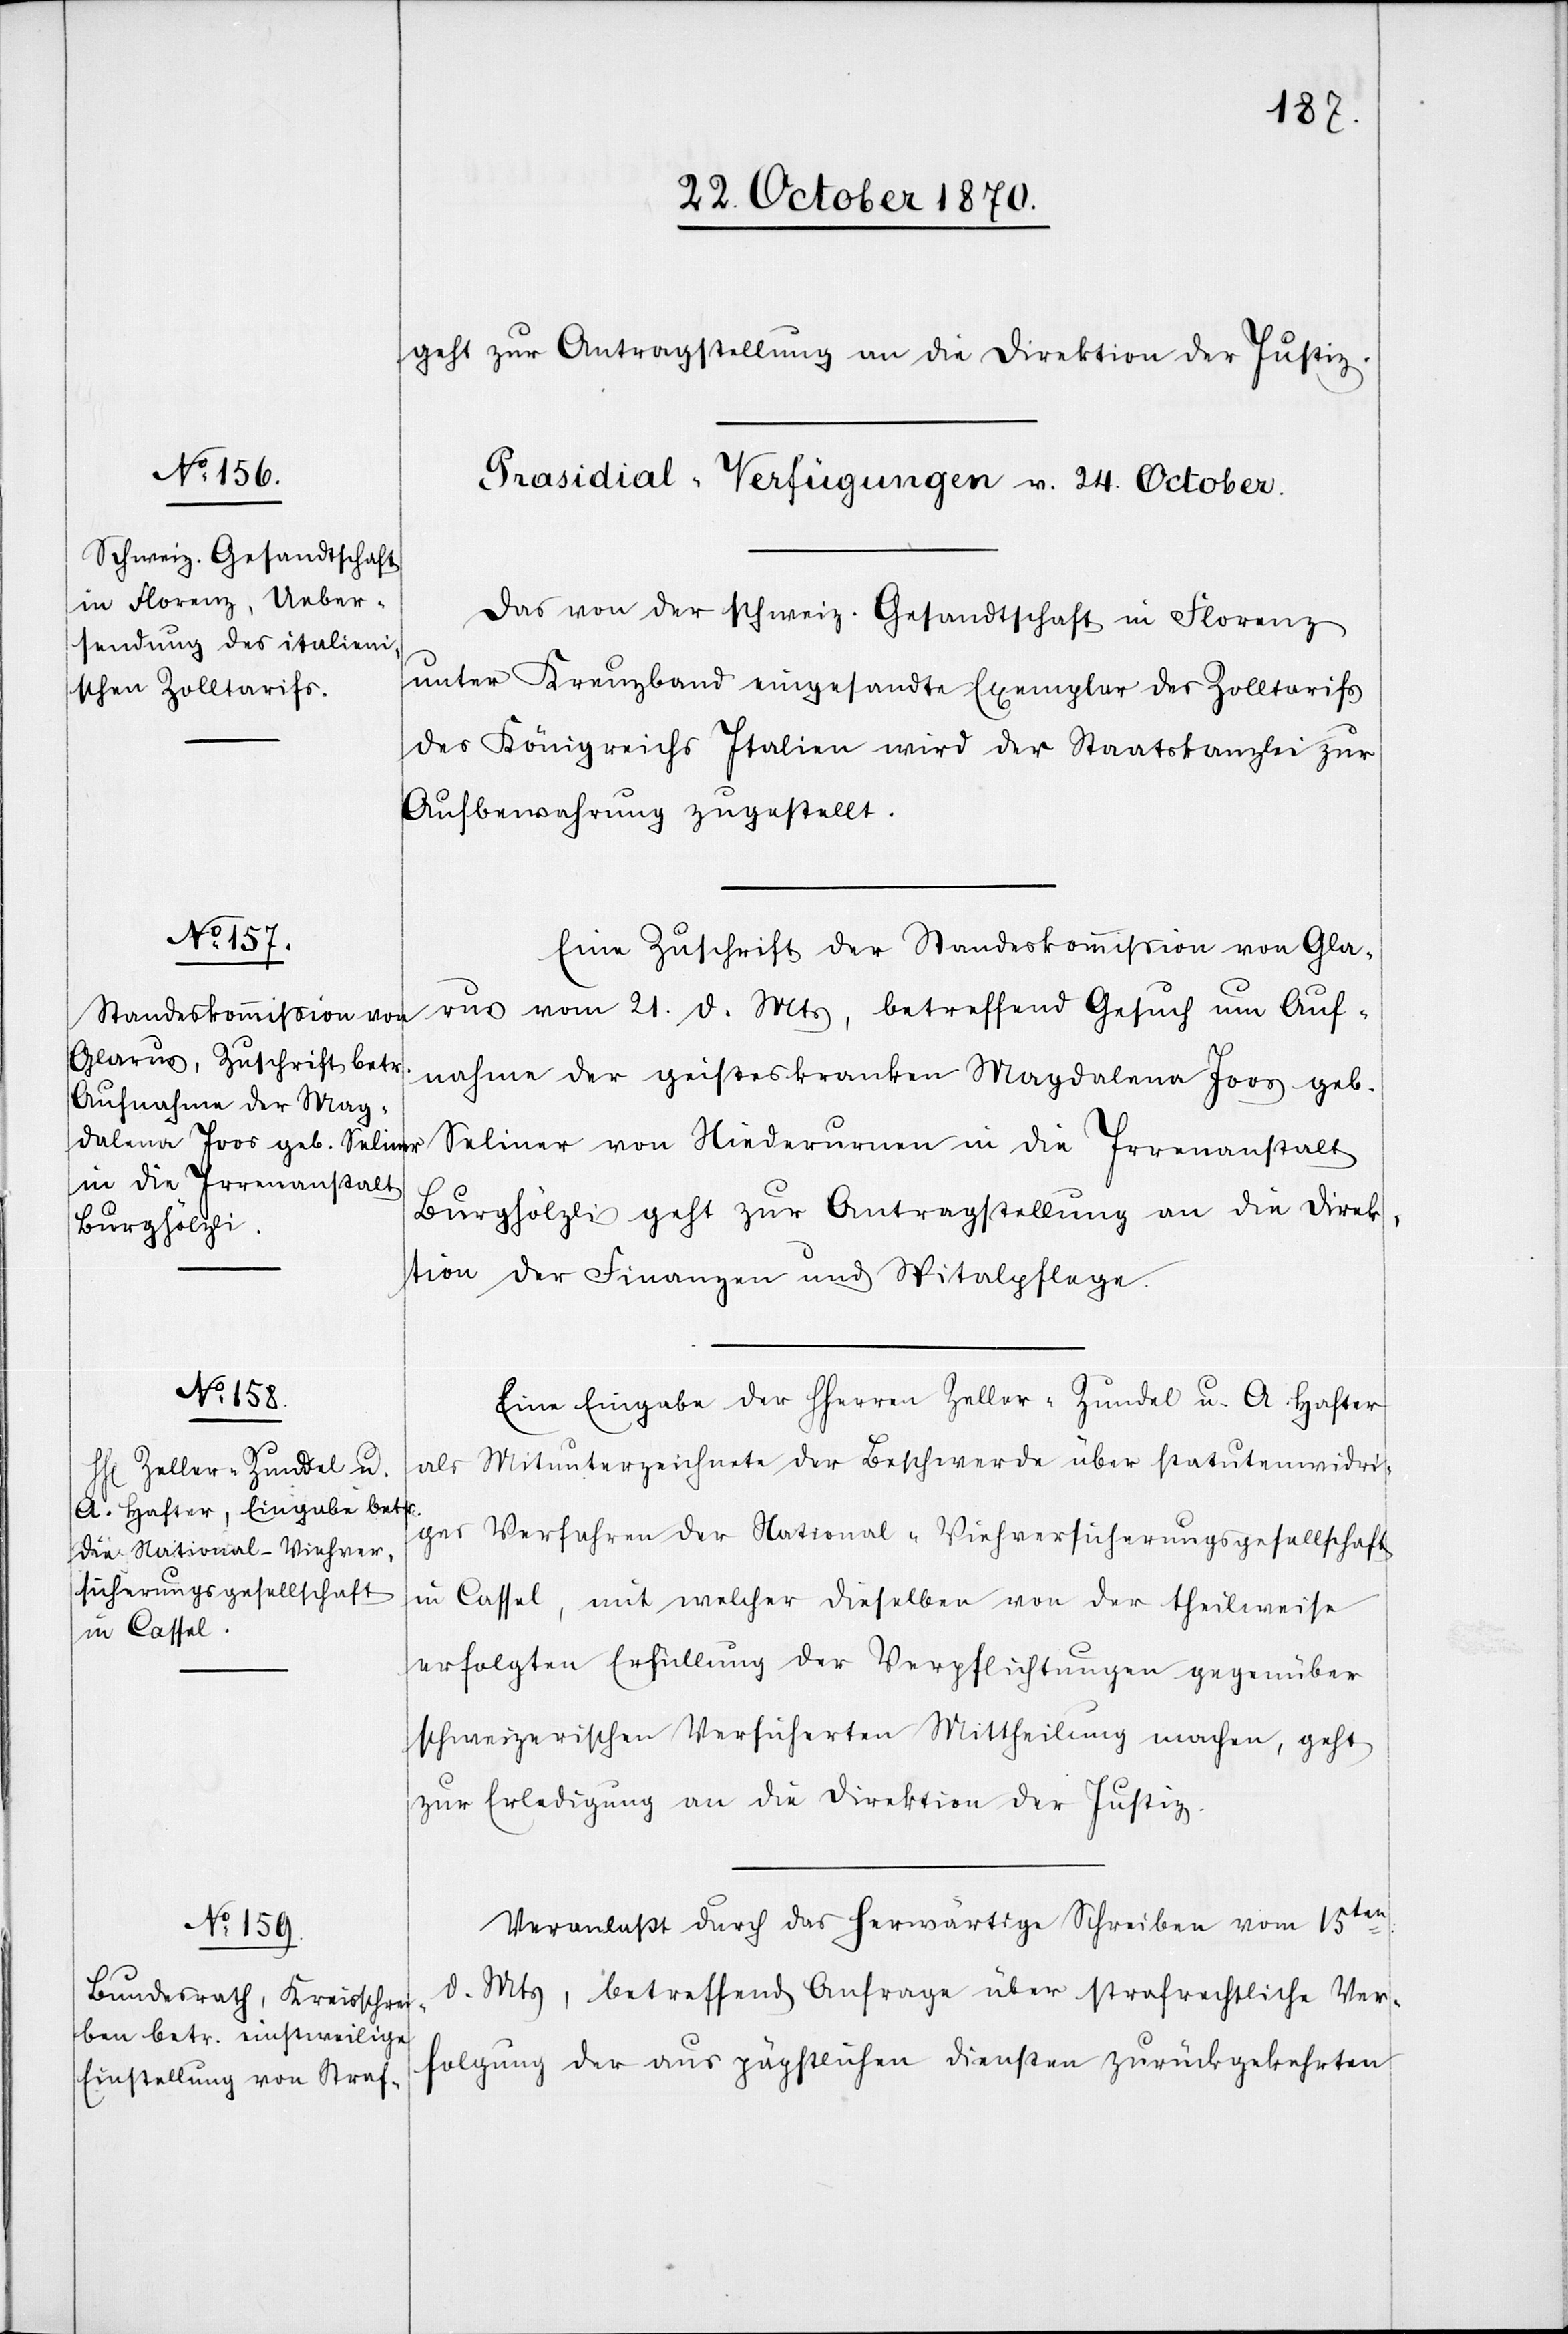
geht zur Antragstellung an die Direktion der Justiz.
[Präsidial-Verfügungen v. 24. October.]
Das von der schweiz. Gesandtschaft in Florenz
unter Kreuzband eingesandte Exemplar des Zolltarifs
des Königreichs Italien wird der Staatskanzlei zur
Aufbewahrung zugestellt.
Eine Zuschrift der Standeskommißion von Gla¬
rus vom 21. d. Mts, betreffend Gesuch um Auf¬
nahme der geisteskranken Magdalena Joos geb.
Seliner von Niederurnen in die Irrenanstalt
Burghölzli geht zur Antragstellung an die Direk¬
tion der Finanzen und Spitalpflege.
Eine Eingabe der HHerren Zeller-Zundel u. A. Hafter
als Mitunterzeichnete der Beschwerde über statutenwidri¬
ges Verfahren der National-Viehversicherungsgesellschaft
in Cassel, mit welcher dieselben von der theilweise
erfolgten Erfüllung der Verpflichtungen gegenüber
schweizerischen Versicherten Mittheilung machen, geht
zur Erledigung an die Direktion der Justiz.
Veranlaßt durch das herwärtige Schreiben vom 15ten
d. Mts, betreffend Anfrage über strafrechtliche Ver¬
folgung der aus päpstlichen Diensten zurückgekehrten